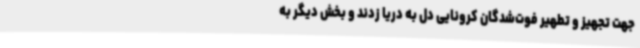
جهت تجهیز و تطهیر فوت‌شدگان کرونایی دل به دریا زدند و بخش دیگر به